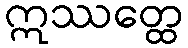
ဣဿတ္ထေ